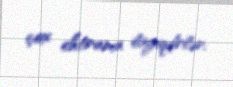
çox ehtirama layiqdirlər.